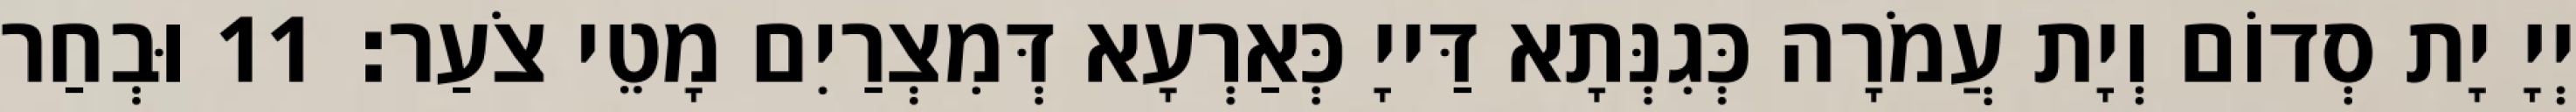
יְיָ יָת סְדוֹם וְיָת עֲמֹרָה כְּגִנְּתָא דַּייָ כְּאַרְעָא דְּמִצְרַיִם מָטֵי צֹעַר׃ 11 וּבְחַר